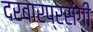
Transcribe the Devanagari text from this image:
दरबारप्रसंगी